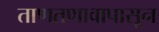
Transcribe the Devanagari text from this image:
ताणतणावापासून